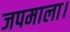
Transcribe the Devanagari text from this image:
जपमाला।